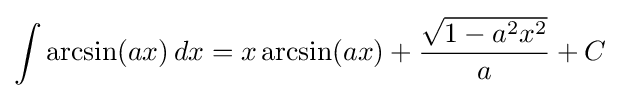
\int \arcsin(ax)\,dx=x\arcsin(ax)+{\frac {\sqrt {1-a^{2}x^{2}}}{a}}+C